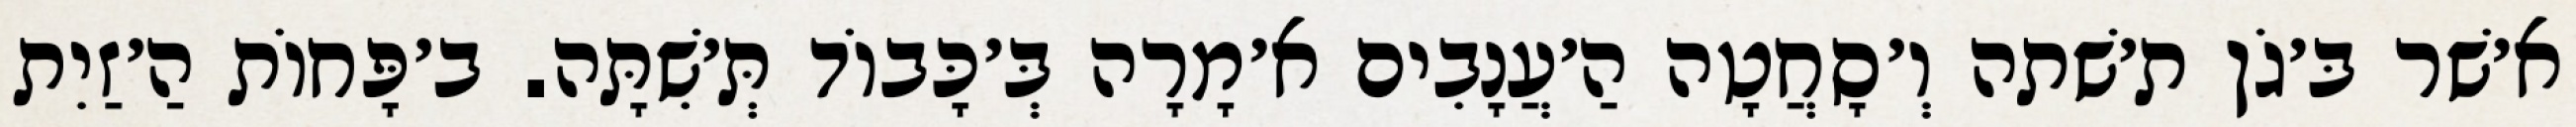
א׳שׁר בּ׳גֹן ת׳שׁתה וְ׳סָחֲטָה הַ׳עֲנָבִים א׳מָרָה בְּ׳כָּבוֹד תְּ׳שִׁתָּה. ב׳פָּחוֹת הַ׳זַיִת